Notes on vaccination in the North-West Frontier Province 1923-1928 - 1923-1928
Year: 1923
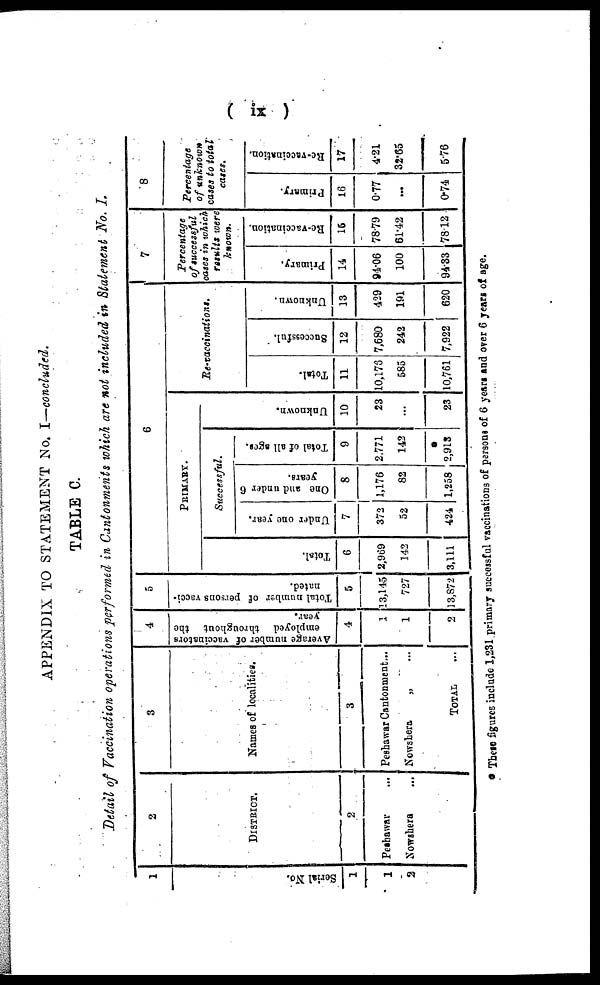
( ix )
APPENDIX TO STATEMENT No. I—concluded.
TABLE C.
Detail of Vaccination operations performed in Cantonments which are not included in Statement No. I.
1
Serial No.
1
1
2
2
DISTRICT.
2
Peshawar ...
Nowshera ...
3
Names of localities.
3
Peshawar Cantonment...
Nowshera
„ ...
TOTAL ...
4
Average number of vaccinators
employed throughout the
year.
4
1
1
2
5
Total number of persons vacci-
nated.
5
13,145
727
13,872
6
PRIMARY.
Total.
6
2,969
142
3,111
Successful.
Under one year.
7
372
52
424
One and under 6
years.
8
1,176
82
1,258
Total of all ages.
9
2,771
142
*
2,913
Unknown.
10
23
...
23
Re-vaccinations.
Total.
11
10,176
585
10,761
Successful.
12
7,680
242
7,922
Unknown.
13
429
191
620
7
Percentage
of successful
cases in which
results were
known.
Primary.
14
94.06
100
94.33
Re-vaccination.
15
78.79
61.42
78.12
8
Percentage
of unknown
cases to total
cases.
Primary.
16
0.77
...
0.74
Re-vaccination.
17
4.21
32.65
5.76
* These figures include 1,231 primary successful vaccinations of persons of 6 years and over 6 years of age.